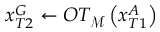
x _ { T 2 } ^ { G } \leftarrow O T _ { \mathcal { M } } \left( x _ { T 1 } ^ { A } \right)